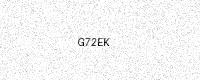
Text: G72EK